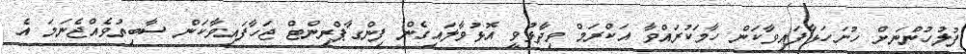
ފުލުހުންނަށް ހުށަހަޅާފައިވާކަން ހާމަކުރައްވާ އަކްރަމް ވިދާޅުވީ އޮޅުވާލައިގެން ފިންގާޕްރިންޓް ޖަހާފައިވާކަން ސާބިތުވެއްޖެނަމަ އެ